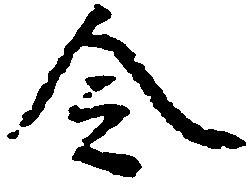
令